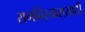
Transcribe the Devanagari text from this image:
रागविस्तारासाठी